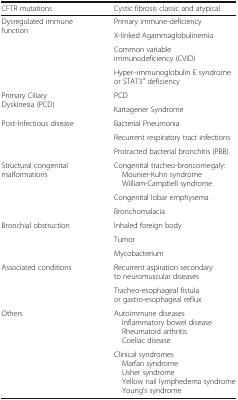
| CFTR mutations | Cystic fibrosis classic and atypical |
 | --- | --- |
 | <ROWSPAN=4> Dysregulated immune function | Primary immune-deficiency |
 | X-linked Agammaglobulinemia |
 | Common variable immunodeficiency (CVID) |
 | Hyper–immunoglobulin E syndrome or STAT3a deficiency |
 | <ROWSPAN=2> Primary Ciliary Dyskinesia (PCD) | PCD |
 | Kartagener Syndrome |
 | <ROWSPAN=3> Post-Infectious disease | Bacterial Pneumonia |
 | Recurrent respiratory tract infections |
 | Protracted bacterial bronchitis (PBB) |
 | <ROWSPAN=3> Structural congenital malformations | Congenital tracheo-broncomegaly: Mounier-Kuhn syndrome William-Campbell syndrome |
 | Congenital lobar emphysema |
 | Bronchomalacia |
 | <ROWSPAN=3> Bronchial obstruction | Inhaled foreign body |
 | Tumor |
 | Mycobacterium |
 | <ROWSPAN=2> Associated conditions | Recurrent aspiration secondary to neuromuscular diseases |
 | Tracheo-esophageal fistula or gastro-esophageal reflux |
 | <ROWSPAN=2> Others | Autoimmune diseases Inflammatory bowel disease Rheumatoid arthritis Coeliac disease |
 | Clinical syndromes Marfan syndrome Usher syndrome Yellow nail lymphedema syndrome Young’s syndrome |